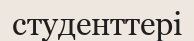
студенттері